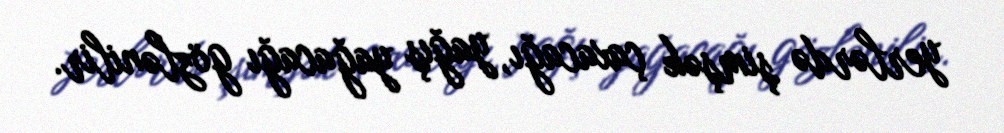
yerlərdə şimşək çaxacağı, yağış yağacağı gözlənilir.